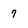
Character: 7